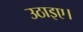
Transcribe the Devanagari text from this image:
उठाइए।